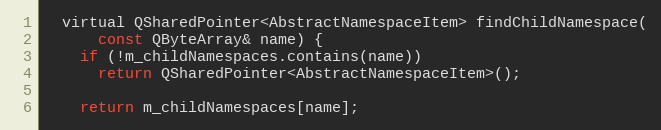
Language: C
  virtual QSharedPointer<AbstractNamespaceItem> findChildNamespace(
      const QByteArray& name) {
    if (!m_childNamespaces.contains(name))
      return QSharedPointer<AbstractNamespaceItem>();

    return m_childNamespaces[name];